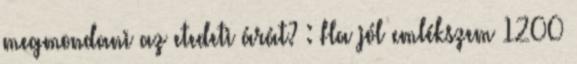
megmondani az etedeti árát? : Ha jól emlékszem 1200